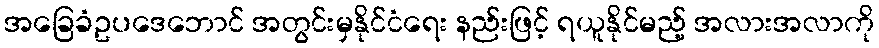
အခြေခံဥပဒေဘောင် အတွင်းမှနိုင်ငံရေး နည်းဖြင့် ရယူနိုင်မည့် အလားအလာကို